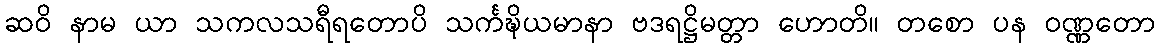
ဆဝိ နာမ ယာ သကလသရီရတောပိ သင်္ကဍ္ဎိယမာနာ ဗဒရဋ္ဌိမတ္တာ ဟောတိ။ တစော ပန ဝဏ္ဏတော